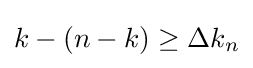
k-(n-k)\geq \Delta k_{n}